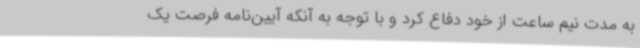
به مدت نیم ساعت از خود دفاع کرد و با توجه به آنکه آیین‌نامه فرصت یک